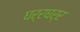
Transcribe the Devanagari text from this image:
घर्रघर्र